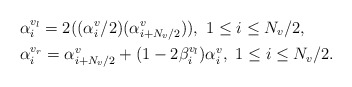
\begin{align*}&\alpha_i^{v_l} = 2 ((\alpha_i^{v}/2) (\alpha^v_{i+N_{v}/2})), \ 1\leq i \leq N_v/2,\\&\alpha_i^{v_r} = \alpha^v_{i+N_v/2}+ (1-2\beta^{v_l}_i) \alpha^v_i, \ 1\leq i \leq N_v/2.\end{align*}